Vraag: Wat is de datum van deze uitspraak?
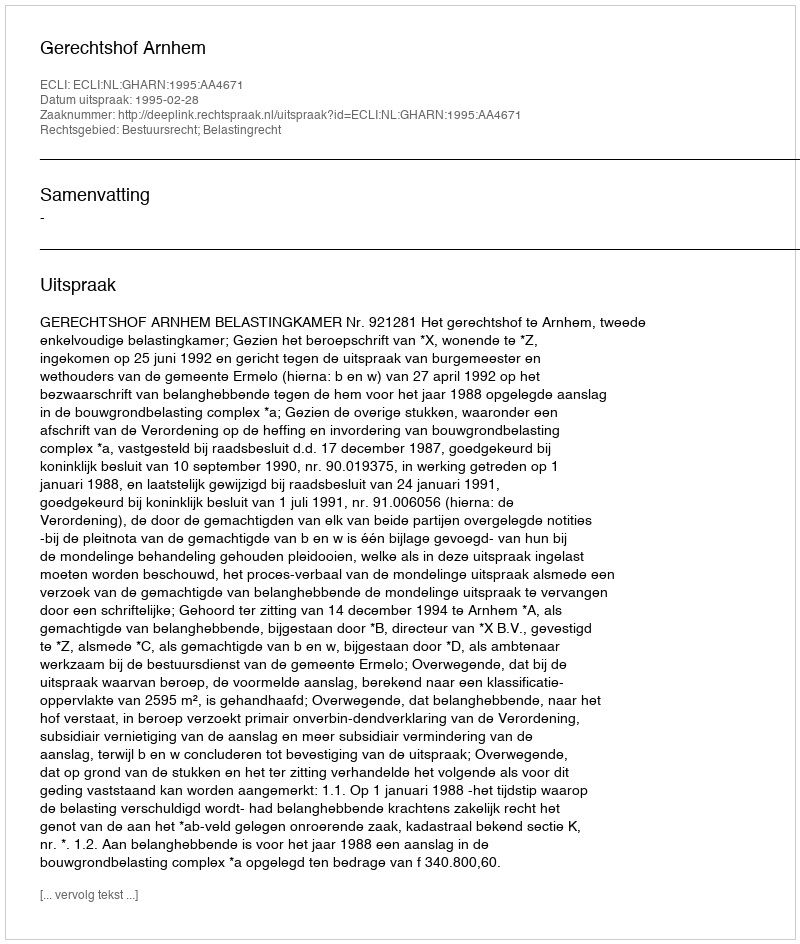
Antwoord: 1995-02-28